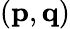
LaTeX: \left(\textbf{p},\textbf{q}\right)